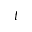
t